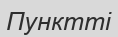
Пунктті